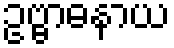
ဥဗ္ဗာဓနာယ